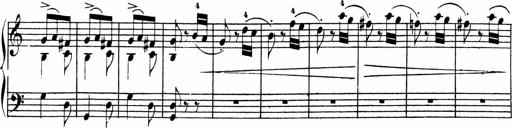
Title: Sonatinen Op.47, 98 und 136, nebst 6 Liedersonatinen
Composer: Carl Reinecke